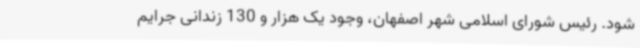
شود. رئیس شورای اسلامی شهر اصفهان، وجود یک هزار و 130 زندانی جرایم